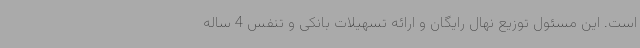
است. این مسئول توزیع نهال رایگان و ارائه تسهیلات بانکی و تنفس 4 ساله